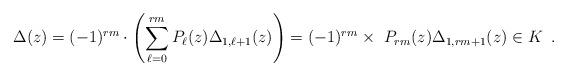
LaTeX: \begin{align*}\Delta(z)=(-1)^{rm}\cdot \left(\sum_{\ell=0}^{rm}P_{\ell}(z)\Delta_{1,\ell+1}(z)\right)=(-1)^{rm}\times \ P_{rm}(z)\Delta_{1,rm+1}(z)\in K\enspace.\end{align*}